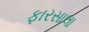
ફારસાલા